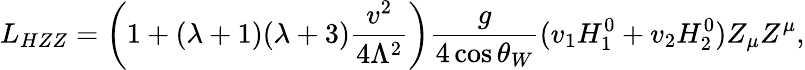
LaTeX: L_{HZZ}=\left(1+(\lambda+1)(\lambda+3)\frac{v^{2}}{4\Lambda^{2}}\right)\frac{g}{4\cos\theta_{W}}(v_{1}H_{1}^{0}+v_{2}H_{2}^{0})Z_{\mu}Z^{\mu},